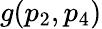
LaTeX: g(p_{2},p_{4})